Education (Scotland) Act, 1918, 1918
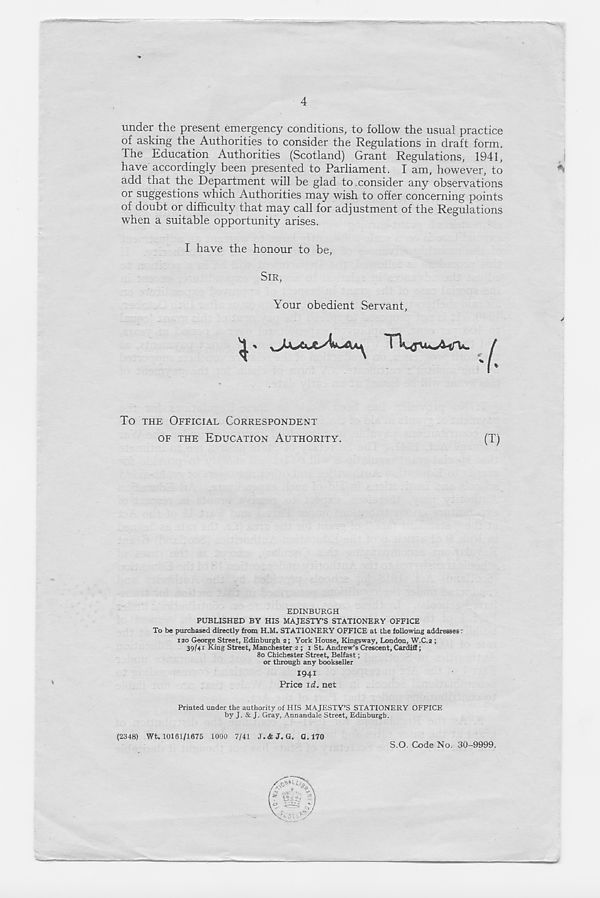
4
under the present emergency conditions, to follow the usual practice
of asking the Authorities to consider the Regulations in draft form.
The Education Authorities (Scotland) Grant Regulations, 1941,
have accordingly been presented to Parliament. I am, however, to
add that the Department will be glad to . consider any observations
or suggestions which Authorities may wish to offer concerning points
of doubt or difficulty that may call for adjustment of the Regulations
when a suitable opportunity arises.
I have the honour to be,
SIR,
Your obedient Servant,
To THE OFFICIAL CORRESPONDENT
OF THE EDUCATION AUTHORITY.
(T)
>
EDINBURGH
PUBLISHED BY HIS MAJESTY’S STATIONERY OFFICE
To be purchased directly from H.M. STATIONERY OFFICE at the following addresses:
120 George Street, Edinburgh 2; York House, Kingsway, London, W.C.2 ;
39/41 King Street, Manchester 2 ; 1 St. Andrew’s Crescent, Cardiff;
80 Chichester Street, Belfast;
or through any bookseller
1941
Price id. net
Printed under the authority of HIS MAJESTY’S STATIONERY OFFICE
by J. & J. Gray, Annandale Street, Edinburgh.
(2348) Wt. 10161/1675 1000 7/41 J. <fc J. G. G. 170
S.O. Code No. 30-9999.
L/,